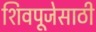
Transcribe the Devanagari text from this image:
शिवपूजेसाठी